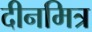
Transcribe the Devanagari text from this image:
दीनमित्र